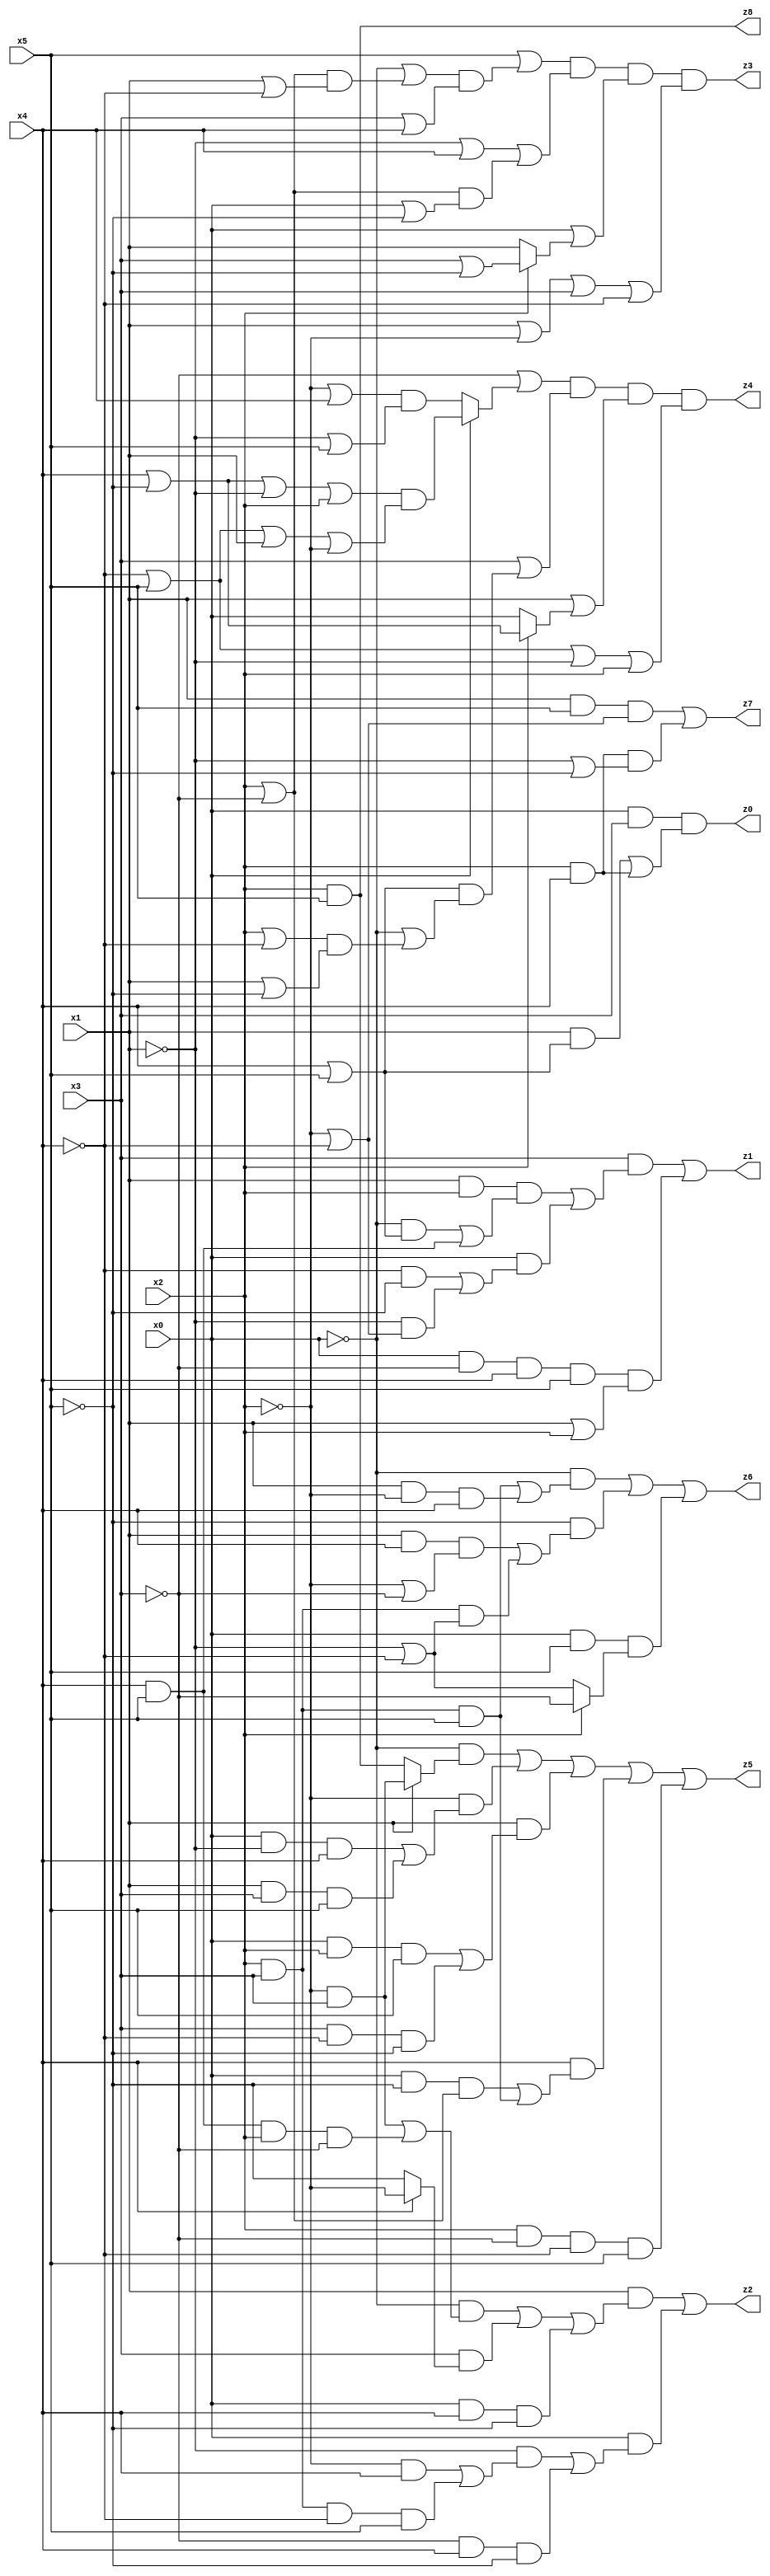
// Benchmark "mult_3x3_9" written by ABC on Sun Dec 11 02:21:32 2022

module mult_3x3_9 ( 
    x0, x1, x2, x3, x4, x5,
    z0, z1, z2, z3, z4, z5, z6, z7, z8  );
  input  x0, x1, x2, x3, x4, x5;
  output z0, z1, z2, z3, z4, z5, z6, z7, z8;
  assign z0 = x0 & x3 & ((x1 & (x4 | x5)) | (x2 & x4));
  assign z1 = (x3 & ((x1 & x2 & ((~x0 & (x4 | x5)) | (x4 & x5))) | (x0 & ((~x4 & ~x5) | (~x1 & (~x2 | ~x4)))))) | (x0 & ~x3 & x4 & x5 & (x1 | x2));
  assign z2 = (x1 & ((~x0 & ((~x2 & x3) | (x4 & x5 & x2 & ~x3))) | (x3 & (x4 ? ~x2 : ~x5)) | (x0 & x4 & ~x5))) | (x0 & ((~x1 & ((~x2 & x4) | (x2 & x3 & ~x4 & x5))) | (~x3 & x4 & ~x5)));
  assign z3 = (x5 | ((~x0 | ((x2 | ~x3) & (x1 | ~x4))) & (x3 | x4))) & (~x1 | x4 | ((x2 | ~x3) & (x0 | ~x5))) & (x0 | (x2 ? (x3 | ~x5) : x1)) & (x1 | ~x2 | x3 | ~x4);
  assign z4 = (~x3 | (x0 ? ((x4 | ~x5 | ~x1 | x2) & (~x4 | x5 | x1 | ~x2)) : ((~x2 | x4) & (~x1 | x5)))) & (x3 | ((x4 | x5) & (~x0 | ((x2 | ~x4) & (x1 | ~x5))))) & (x1 | (x2 ? (x4 | ~x5) : x0)) & (~x4 | x5 | ~x1 | x2);
  assign z5 = (~x0 & (x1 ? (~x2 & x3) : (x2 & x5))) | (~x2 & ((x0 & ~x1 & x4) | (x1 & x3 & x5))) | (x1 & ((x0 & x2 & x5) | (x3 & ~x4 & ~x5))) | (x4 & ((x0 & ~x5 & (x2 | ~x3)) | (x2 & x3 & x5))) | (x2 & ~x3 & ~x4 & x5);
  assign z6 = (~x0 & ((x2 & x3 & x5) | (x1 & ~x2 & x4))) | (~x5 & ((x1 & x4 & (~x2 | ~x3)) | (x2 & x3 & (~x1 | ~x4)))) | (x0 & x5 & (x2 ? ~x3 : (~x1 | ~x4)));
  assign z7 = (x1 & x5 & (~x2 | ~x4)) | (x2 & x4 & (~x1 | ~x5));
  assign z8 = x2 & x5;
endmodule